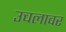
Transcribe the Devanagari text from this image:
उचलावर